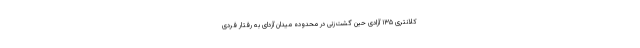
کلانتری ۱۳۵ آزادی حین گشت‌زنی در محدوده میدان آزدای به رفتار فردی